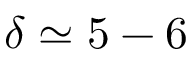
\delta \simeq 5 - 6